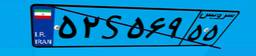
۹۴S۹۸۷۲۲